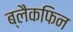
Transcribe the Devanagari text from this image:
ब्लैकफिन